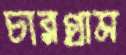
চারগ্রাম